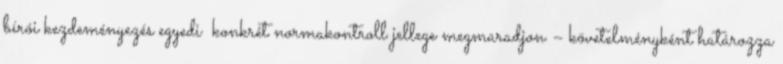
bírói kezdeményezés egyedi konkrét normakontroll jellege megmaradjon – követelményként határozza